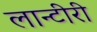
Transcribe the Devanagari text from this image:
लान्टीरी